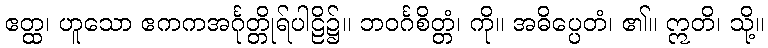
ဧတ္ထ၊ ဟူသော ဧကကအင်္ဂုတ္တိုရ်ပါဠိ၌။ ဘဝင်္ဂစိတ္တံ၊ ကို။ အဓိပ္ပေတံ၊ ၏။ ဣတိ၊ သို့။